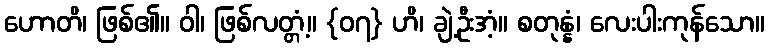
ဟောတိ၊ ဖြစ်၏။ ဝါ၊ ဖြစ်လတ္တံ့။ {၀၇} ဟိ၊ ချဲ့ဦးအံ့။ စတုန္နံ၊ လေးပါးကုန်သော။